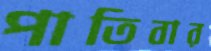
পাতিবার